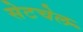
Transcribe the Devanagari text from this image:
सेटचेल